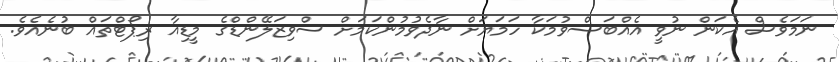
ނަމަވެސް އެކަން ނުވީ އެއްބަސްވުމަކާ ހަމަޔަށް ނާދެވުމުންކަމަށް ސްވިޒަލޭންޑްގެ މީޑިއާ ރިޕޯޓްތައް ބުނެއެވެ.